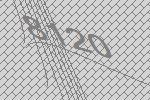
8120